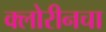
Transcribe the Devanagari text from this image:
क्लोरीनचा